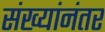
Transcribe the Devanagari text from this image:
संख्यांनंतर